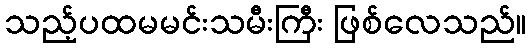
သည့်ပထမမင်းသမီးကြီး ဖြစ်လေသည်။